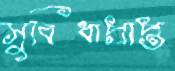
সুবিধাপ্রাপ্ত